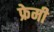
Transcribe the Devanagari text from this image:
फ्रेमी